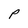
Character: P